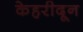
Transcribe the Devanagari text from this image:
केहरीदून